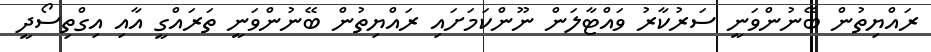
ރައްޔިތުން ބޭނުންވަނީ ސަރުކާރު ވައްޓާލަން ނޫންކަމަށައި ރައްޔިތުން ބޭނުންވަނީ ތަރައްގީ އާއި އިގްތިސޯދީ